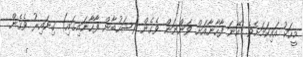
މީހަކު އައިކަމަށެވެ. އޭނަ ފާހާނާއަށް ވަންނަން ވެގެން (ޝަހުބާން ފާހާނައިގައި) ގިނައިރު ވެގެން